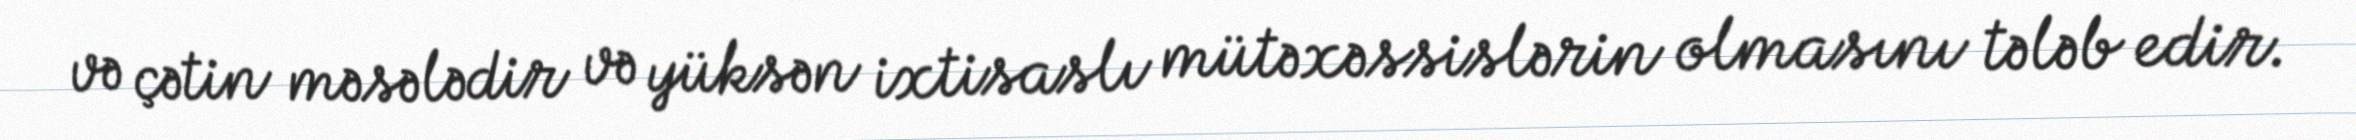
və çətin məsələdir və yüksən ixtisaslı mütəxəssislərin olmasını tələb edir.